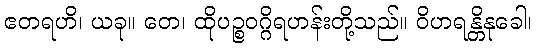
ဧတရဟိ၊ ယခု။ တေ၊ ထိုပဉ္စဝဂ္ဂိရဟန်းတို့သည်။ ဝိဟရန္တိနုခေါ၊